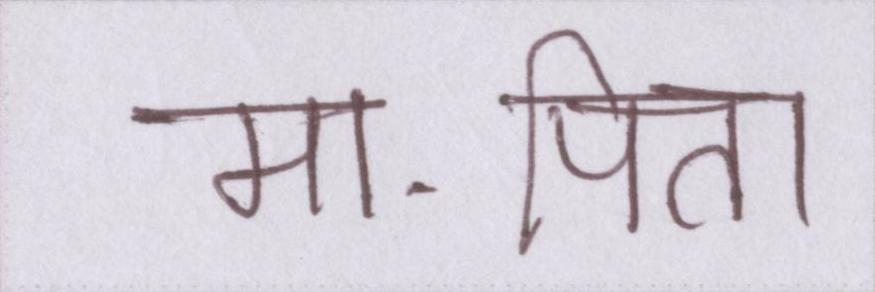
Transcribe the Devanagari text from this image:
मा-पिता